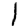
Digit: 1